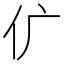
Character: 𠆲